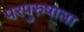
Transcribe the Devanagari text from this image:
परपुरुषाला